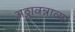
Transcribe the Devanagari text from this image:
अठ्ठावन्नाव्या